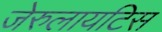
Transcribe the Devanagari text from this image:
जेरुलायटिस